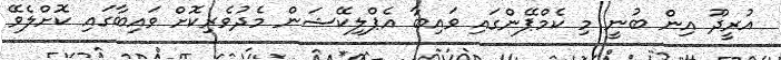
އުރީދޫ އިން ބުނީ މި ކެމްޕޭންގައި ވައިބާ އެޕްލިކޭޝަން މެދުވެރިކޮށް ވައިބާގައި ކޮށްލެވޭ